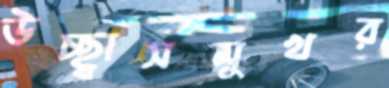
উচ্ছ্বাসমুখর